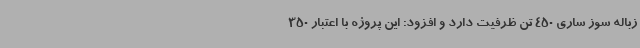
زباله سوز ساری 450 تن ظرفیت دارد و افزود: این پروژه با اعتبار 350